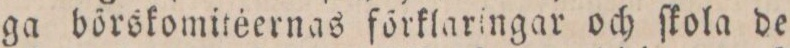
ga börskomitéernas förklaringar och ſkola de